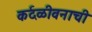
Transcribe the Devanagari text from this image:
कर्दळीवनाची